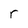
Character: r